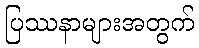
ပြဿနာများအတွက်